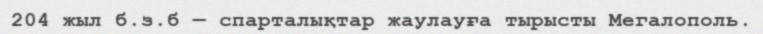
204 жыл б.з.б — спарталықтар жаулауға тырысты Мегалополь.